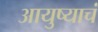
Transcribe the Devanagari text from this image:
आयुष्याचं